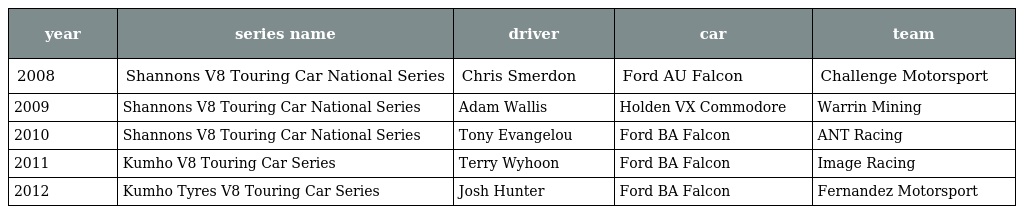
| year | series name | driver | car | team |
 | --- | --- | --- | --- | --- |
 | 2008 | Shannons V8 Touring Car National Series | Chris Smerdon | Ford AU Falcon | Challenge Motorsport |
 | 2009 | Shannons V8 Touring Car National Series | Adam Wallis | Holden VX Commodore | Warrin Mining |
 | 2010 | Shannons V8 Touring Car National Series | Tony Evangelou | Ford BA Falcon | ANT Racing |
 | 2011 | Kumho V8 Touring Car Series | Terry Wyhoon | Ford BA Falcon | Image Racing |
 | 2012 | Kumho Tyres V8 Touring Car Series | Josh Hunter | Ford BA Falcon | Fernandez Motorsport |